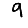
Digit: 9